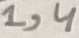
Text: 1,4